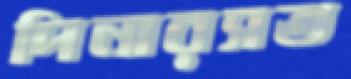
পিনারসত